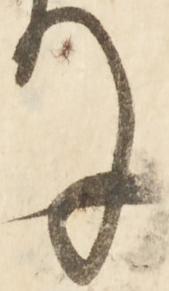
ね